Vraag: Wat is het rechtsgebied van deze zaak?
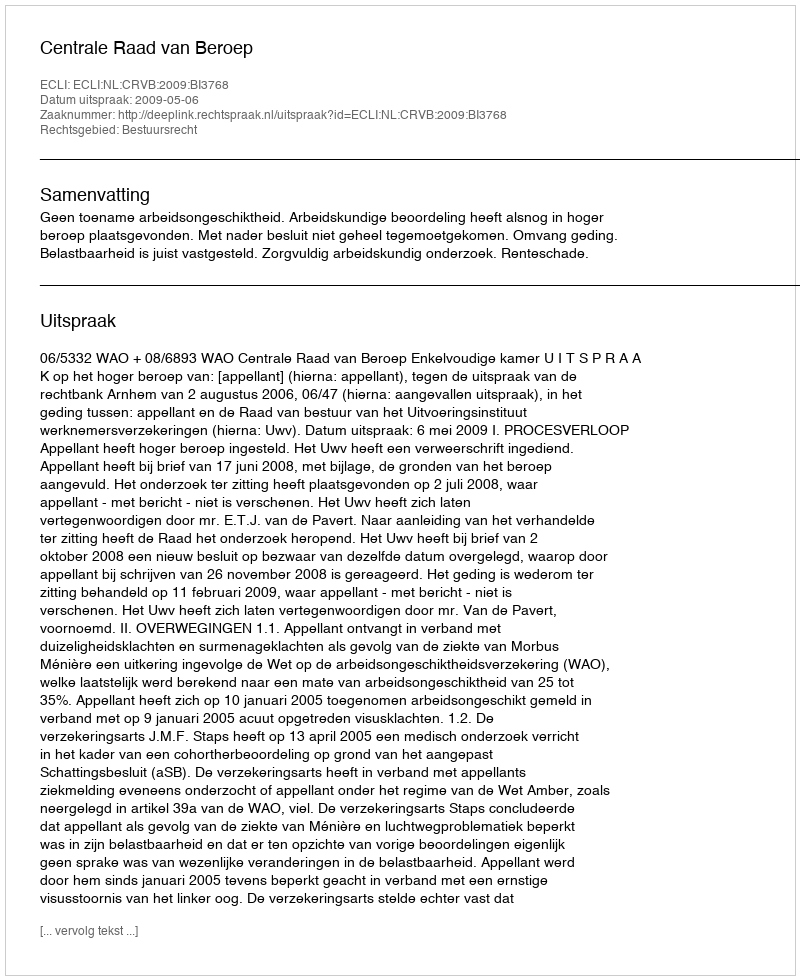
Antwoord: Bestuursrecht